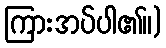
ကြားအပ်ပါ၏။)